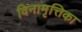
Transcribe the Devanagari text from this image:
विनामृत्तिका